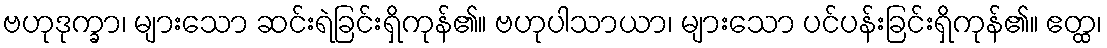
ဗဟုဒုက္ခာ၊ များသော ဆင်းရဲခြင်းရှိကုန်၏။ ဗဟုပါသာယာ၊ များသော ပင်ပန်းခြင်းရှိကုန်၏။ ဧတ္ထ၊